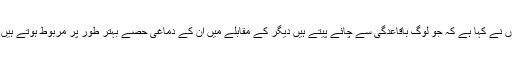
نیشنل یونیورسٹی آف سنگاپور(این یو ایس) کے سائنس دانوں نے کہا ہے کہ جو لوگ باقاعدگی سے چائے پیتے ہیں دیگر کے مقابلے میں ان کے دماغی حصے بہتر طور پر مربوط ہوتے ہیں اور ان کے درمیان روابط بہت دیرپا اور مو¿ثر بنتے ہیں۔